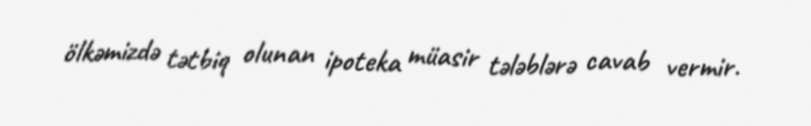
ölkəmizdə tətbiq olunan ipoteka müasir tələblərə cavab vermir.